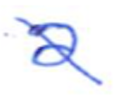
Text: a
Cross-out: diagonal
Writing tool: ballpoint